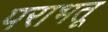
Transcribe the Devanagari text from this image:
पराभतू